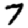
Digit: 7